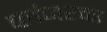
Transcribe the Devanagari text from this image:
प्लंजरवर